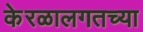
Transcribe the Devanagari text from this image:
केरळालगतच्या